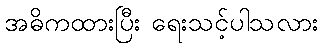
အဓိကထားပြီး ရေးသင့်ပါသလား